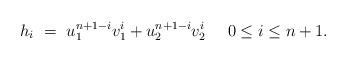
LaTeX: \begin{align*}h_i\ =\ u_1^{n+1-i}v_1^i + u_2^{n+1-i}v_2^i\quad\ 0\le i\le n+1.\end{align*}